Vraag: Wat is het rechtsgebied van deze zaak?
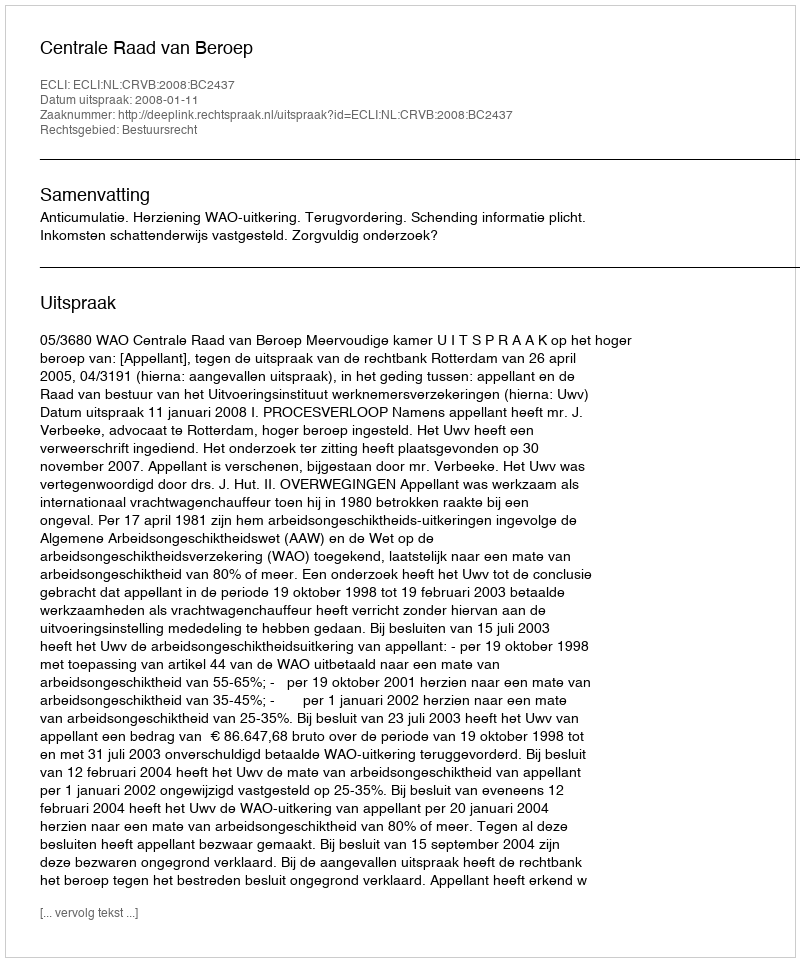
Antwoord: Bestuursrecht